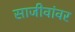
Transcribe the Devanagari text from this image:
साजीवांवर